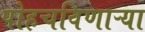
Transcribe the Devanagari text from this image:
पोहचविणाऱ्या